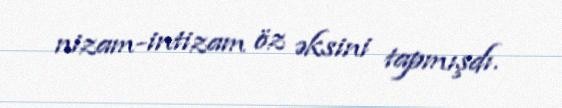
nizam-intizam öz əksini tapmışdı.